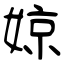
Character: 婛